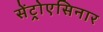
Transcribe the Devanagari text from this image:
सेंट्रोएसिनार